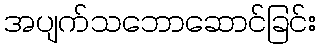
အပျက်သဘောဆောင်ခြင်း